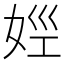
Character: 𡜣